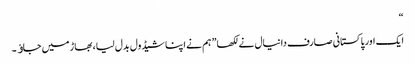
“
ایک اور پاکستانی صارف دانیال نے لکھا” ہم نے اپنا شیڈول بدل لیا، بھاڑ میں جاﺅ۔